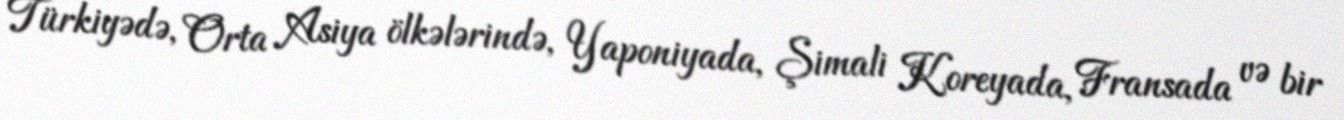
Türkiyədə, Orta Asiya ölkələrində, Yaponiyada, Şimali Koreyada, Fransada və bir